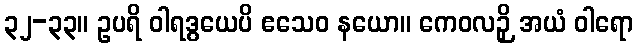
၃၂-၃၃။ ဥပရိ ဝါရဒွယေပိ ဧသေဝ နယော။ ကေဝလဉှိ အယံ ဝါရော